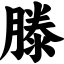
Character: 滕